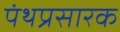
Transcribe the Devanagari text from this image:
पंथप्रसारक